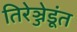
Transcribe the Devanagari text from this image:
तिरेञ्जेडूंत